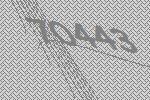
70443